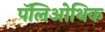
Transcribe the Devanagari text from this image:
पॅलिओथिक